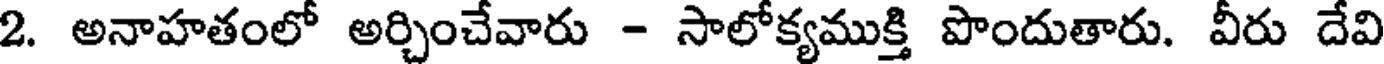
2. అనాహతంలో అర్చించేవారు - సాలోక్యముక్తి పొందుతారు. వీరు దేవి